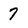
Character: 7